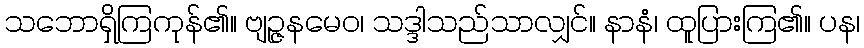
သဘောရှိကြကုန်၏။ ဗျဉ္ဇနမေဝ၊ သဒ္ဒါသည်သာလျှင်။ နာနံ၊ ထူပြားကြ၏။ ပန၊